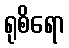
ရုစိရော